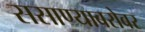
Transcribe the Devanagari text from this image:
ससाण्याबरोबर